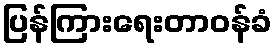
ပြန်ကြားရေးတာဝန်ခံ